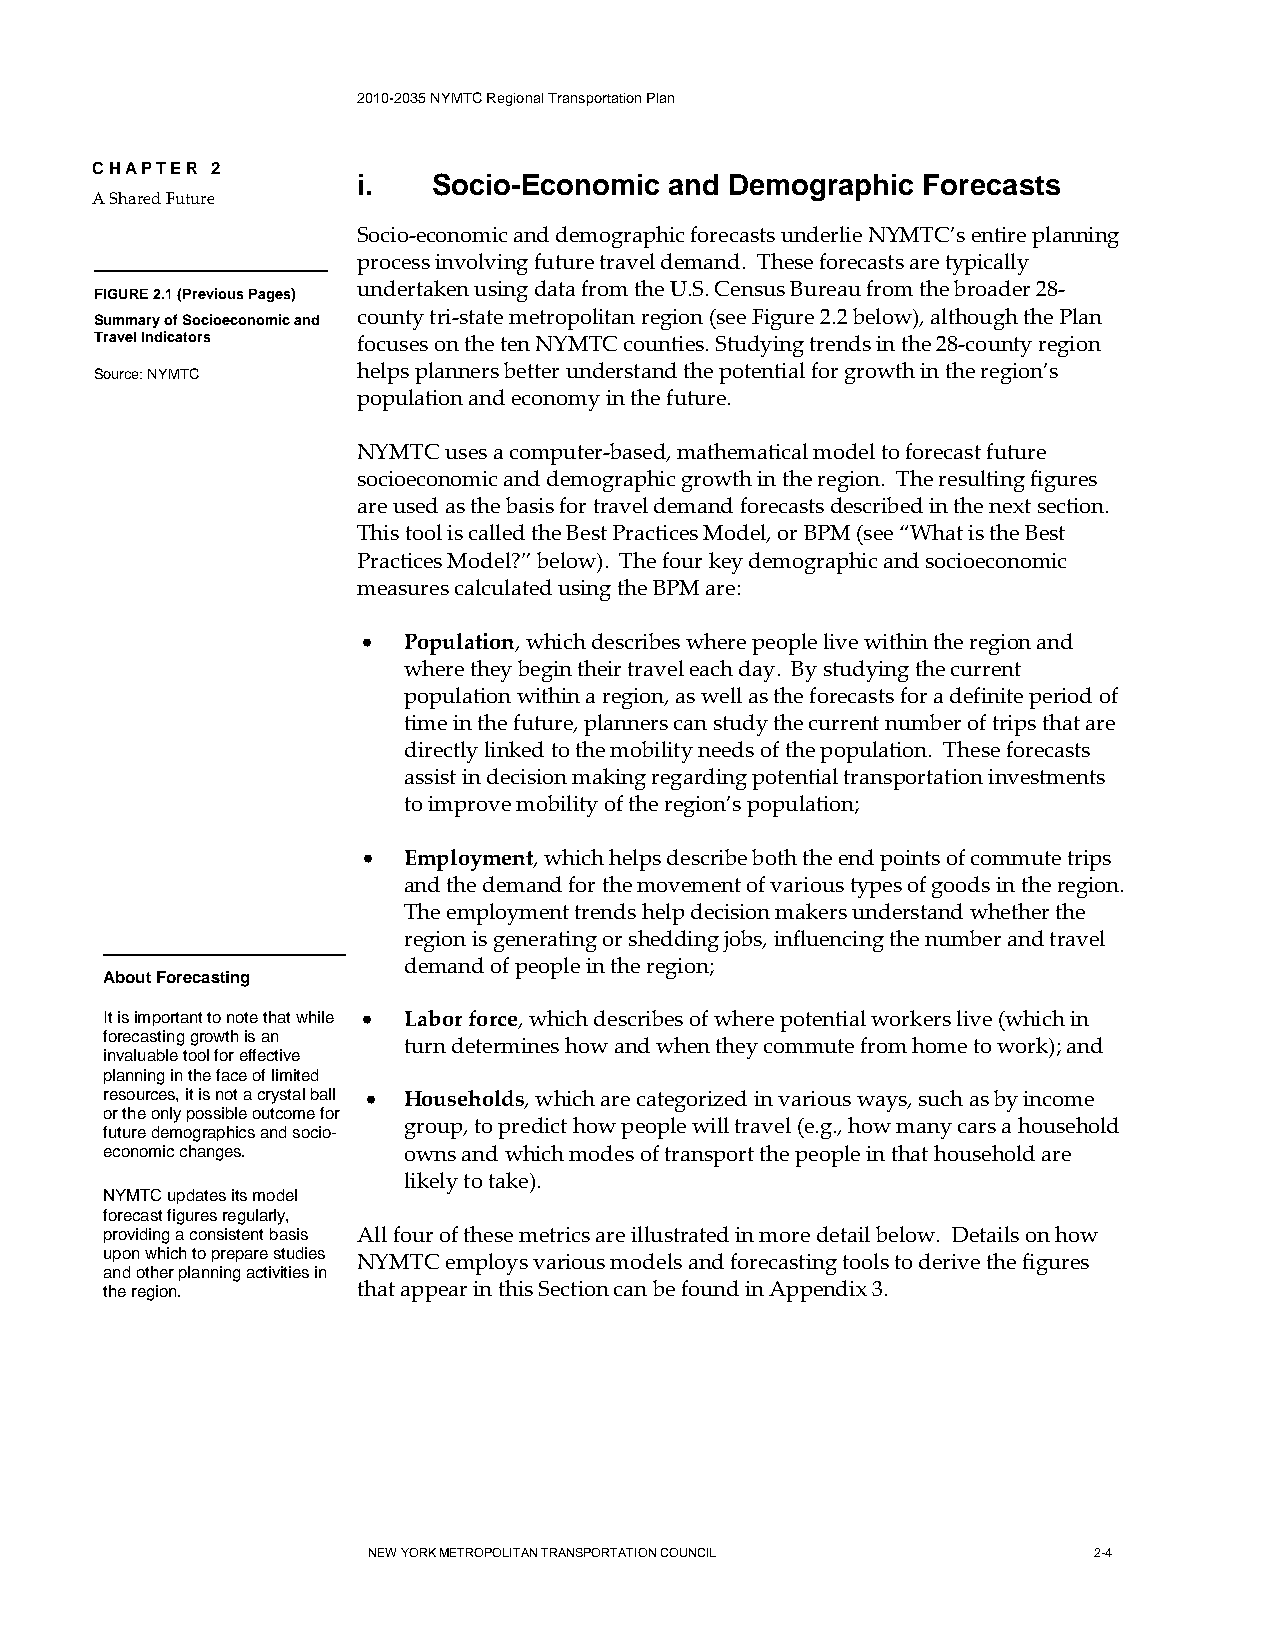
2010-2035 NYMTC Regional Transportation Plan
 CHAPTER 2
 i.   Socio-Economic and Demographic  Forecasts
 A Shared Future
 Socio-economic and demographic forecasts underlie NYMTC’s entire planning
 process involving future travel demand. These forecasts are typically
 undertaken using data from the U.S. Census Bureau from the broader 28-
 FIGURE 2.1 (Previous Pages)
 Summary of Socioeconomic and county tri-state metropolitan region (see Figure 2.2 below), although the Plan
 Travel Indicators focuses on the ten NYMTC counties. Studying trends in the 28-county region
 Source: NYMTC     helps planners better understand the potential for growth in the region’s
 population and economy in the future.
 NYMTC uses a computer-based, mathematical model to forecast future
 socioeconomic and demographic growth in the region. The resulting figures
 are used as the basis for travel demand forecasts described in the next section.
 This tool is called the Best Practices Model, or BPM (see “What is the Best
 Practices Model?” below). The four key demographic and socioeconomic
 measures calculated using the BPM are:
 •  Population, which describes where people live within the region and
 where they begin their travel each day. By studying the current
 population within a region, as well as the forecasts for a definite period of
 time in the future, planners can study the current number of trips that are
 directly linked to the mobility needs of the population. These forecasts
 assist in decision making regarding potential transportation investments
 to improve mobility of the region’s population;
 •  Employment, which helps describe both the end points of commute trips
 and the demand for the movement of various types of goods in the region.
 The employment trends help decision makers understand whether the
 region is generating or shedding jobs, influencing the number and travel
 demand of people in the region;
 About Forecasting
 It is important to note that while • Labor force, which describes of where potential workers live (which in
 forecasting growth is an
 turn determines how and when they commute from home to work); and
 invaluable tool for effective
 planning in the face of limited
 resources, it is not a crystal ball • Households, which are categorized in various ways, such as by income
 or the only possible outcome for
 group, to predict how people will travel (e.g., how many cars a household
 future demographics and socio-
 economic changes.   owns and which modes of transport the people in that household are
 likely to take).
 NYMTC updates its model
 forecast figures regularly,
 providing a consistent basis All four of these metrics are illustrated in more detail below. Details on how
 upon which to prepare studies
 NYMTC employs various models and forecasting tools to derive the figures
 and other planning activities in
 the region.      that appear in this Section can be found in Appendix 3.
 NEW YORK METROPOLITAN TRANSPORTATION COUNCIL    2-4